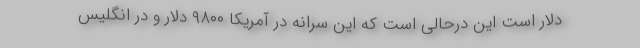
دلار است این درحالی است که این سرانه در آمریکا ۹۸۰۰ دلار و در انگلیس